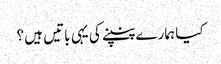
کیا ہمارے پنپنے کی یہی باتیں ہیں ؟